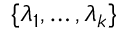
\{ \lambda _ { 1 } , \ldots , \lambda _ { k } \}